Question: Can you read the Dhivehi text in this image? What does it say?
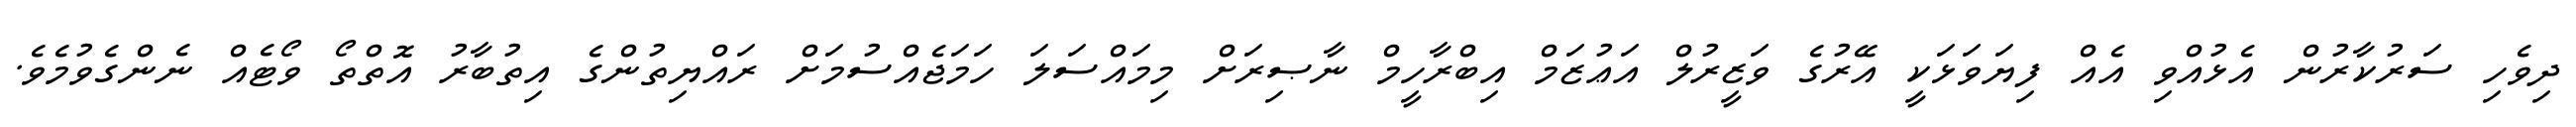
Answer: ދިވެހި ސަރުކާރުން އެޅުއްވި އެއް ފިޔަވަޅަކީ އޭރުގެ ވަޒީރުލް އަޢުޒަމް އިބްރާހީމް ނާޞިރަށް މިމައްސަލަ ހަމަޖެއްސުމަށް ރައްޔިތުންގެ އިތުބާރު އޮތްތޯ ވޯޓެއް ނެންގެވުމެވެ.